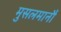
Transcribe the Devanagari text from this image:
मुसलमानौं